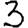
Digit: 3